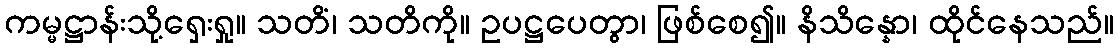
ကမ္မဋ္ဌာန်းသို့ရှေးရှု။ သတိံ၊ သတိကို။ ဥပဋ္ဌပေတွာ၊ ဖြစ်စေ၍။ နိသိန္နော၊ ထိုင်နေသည်။